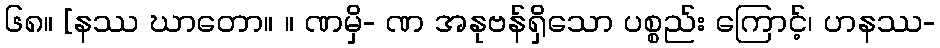
၆၈။ [နဿ ဃာတော။ ။ ဏမှိ- ဏ အနုဗန်ရှိသော ပစ္စည်း ကြောင့်၊ ဟနဿ-